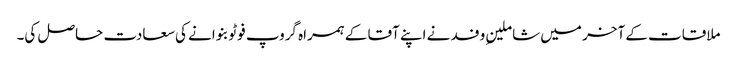
ملاقات کے آخر میں شاملینِ وفد نے اپنے آقا کے ہمراہ گروپ فوٹو بنوانے کی سعادت حاصل کی۔